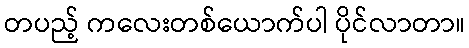
တပည့် ကလေးတစ်ယောက်ပါ ပိုင်လာတာ။